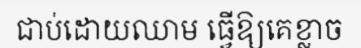
ជាប់ដោយឈាម ធ្វើឱ្យគេខ្លាច